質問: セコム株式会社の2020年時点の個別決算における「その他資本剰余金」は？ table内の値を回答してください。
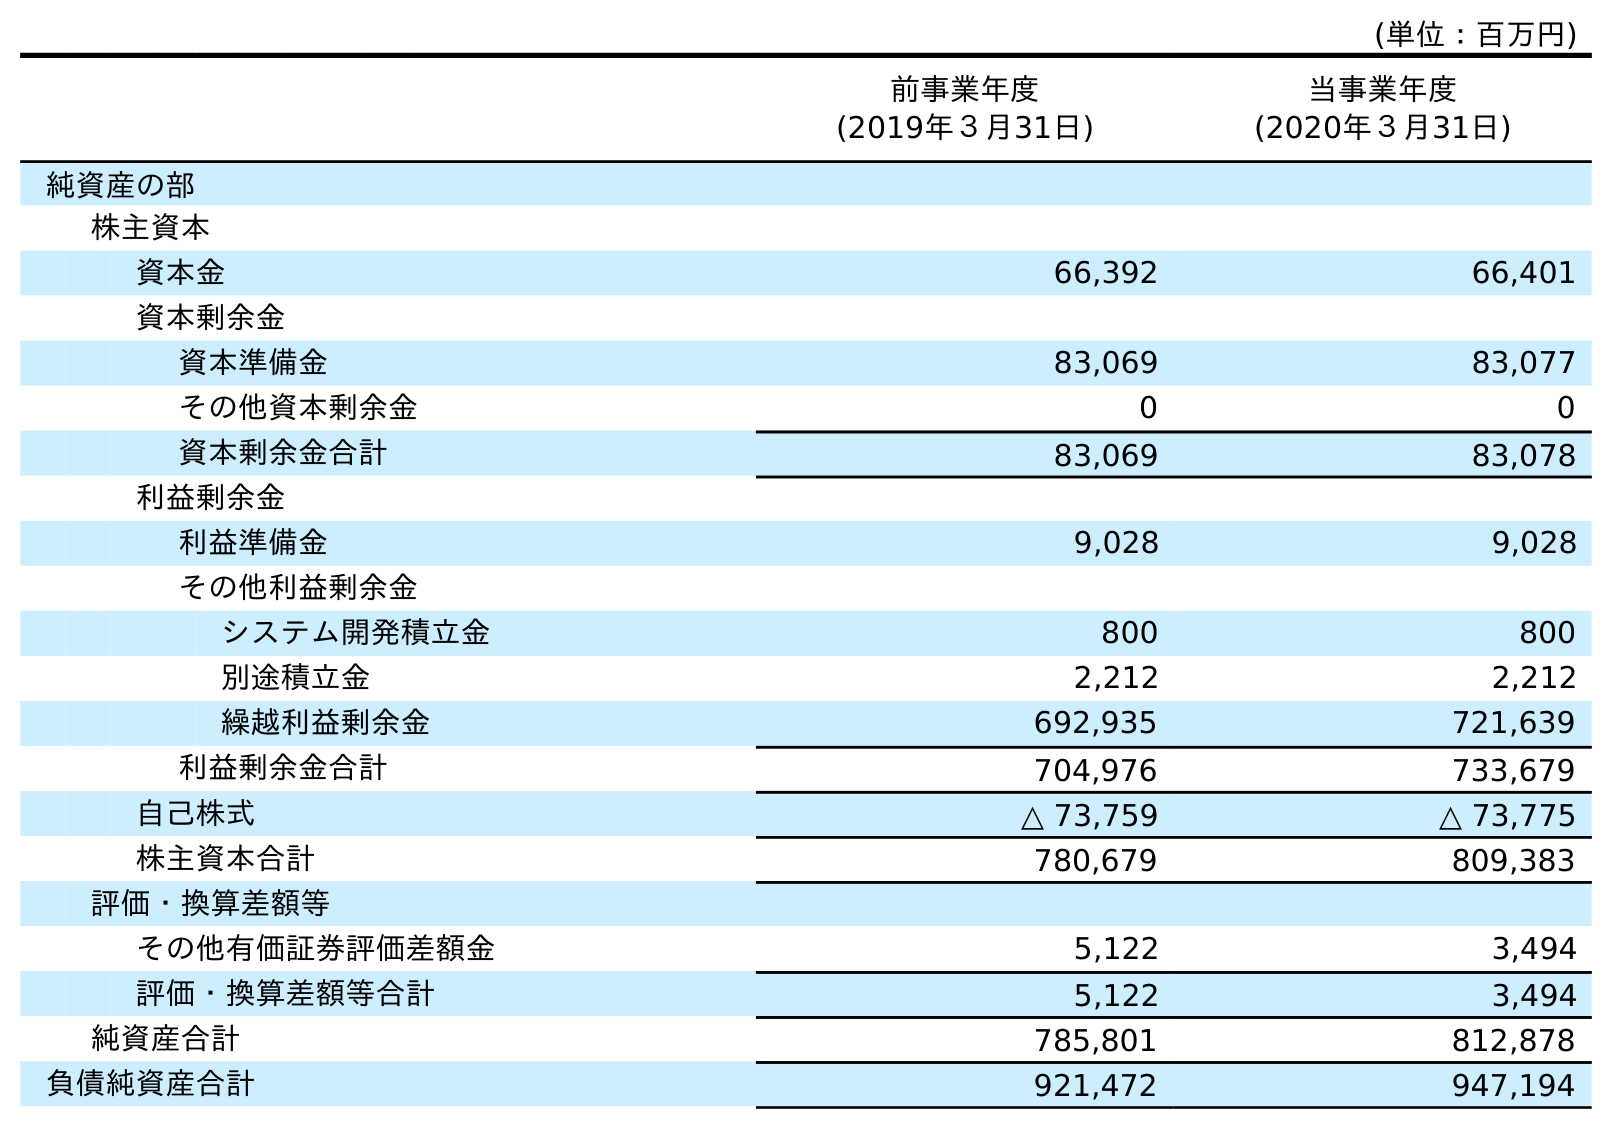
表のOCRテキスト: (単位：百万円) 前事業年度 (2019年３月31日) 当事業年度 (2020年３月31日) 純資産の部 株主資本 資本金 66,392 66,401 資本剰余金 資本準備金 83,069 83,077 その他資本剰余金 0 0 資本剰余金合計 83,069 83,078 利益剰余金 利益準備金 9,028 9,028 その他利益剰余金 システム開発積立金 800 800 別途積立金 2,212 2,212 繰越利益剰余金 692,935 721,639 利益剰余金合計 704,976 733,679 自己株式 △ 73,759 △ 73,775 株主資本合計 780,679 809,383 評価・換算差額等 その他有価証券評価差額金 5,122 3,494 評価・換算差額等合計 5,122 3,494 純資産合計 785,801 812,878 負債純資産合計 921,472 947,194
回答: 0